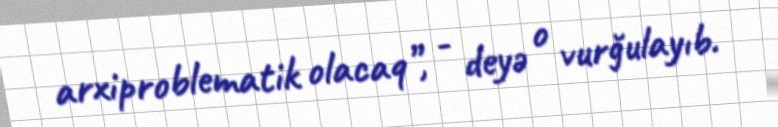
arxiproblematik olacaq”, - deyə o vurğulayıb.